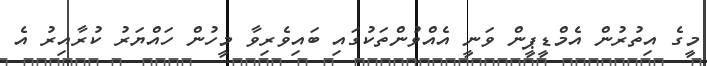
މީގެ އިތުރުން އެމްޑީޕީން ވަނީ އެއްވުންތަކުގައި ބައިވެރިވާ މީހުން ހައްޔަރު ކުރާއިރު އެ